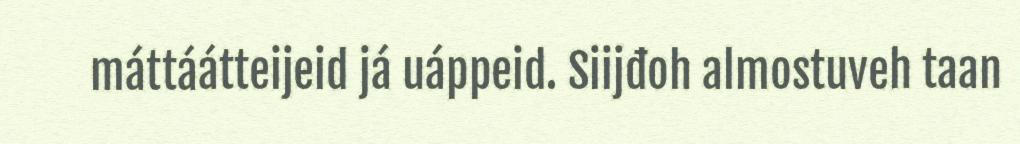
máttáátteijeid já uáppeid. Siijđoh almostuveh taan